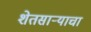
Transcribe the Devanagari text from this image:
शेतसार्‍याचा